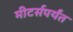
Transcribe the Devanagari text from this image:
मीटर्सपर्यंत